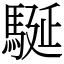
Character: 駳